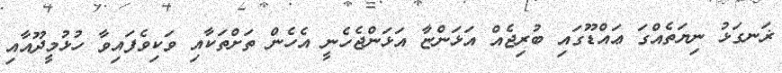
ޜަނގަޅު ނިޔަތެއްގަ ޢައްޑޫގައި ބުރިޖެއް އަޅަންޏާ އަޅަންޖެހެނީ އެހެން ތަށްތަކާއި ވަކިވެފައިވާ ހުޅުމީދޫއާއި